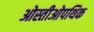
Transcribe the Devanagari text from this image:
ओस्तीओपथिक